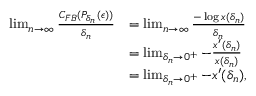
\begin{array} { r l } { \operatorname* { l i m } _ { n \to \infty } \frac { C _ { F B } ( P _ { \delta _ { n } } ( \epsilon ) ) } { \delta _ { n } } } & { = \operatorname* { l i m } _ { n \to \infty } \frac { - \log x ( \delta _ { n } ) } { \delta _ { n } } } \\ & { = \operatorname* { l i m } _ { \delta _ { n } \to 0 ^ { + } } - \frac { x ^ { \prime } ( \delta _ { n } ) } { x ( \delta _ { n } ) } } \\ & { = \operatorname* { l i m } _ { \delta _ { n } \to 0 ^ { + } } - x ^ { \prime } ( \delta _ { n } ) , } \end{array}